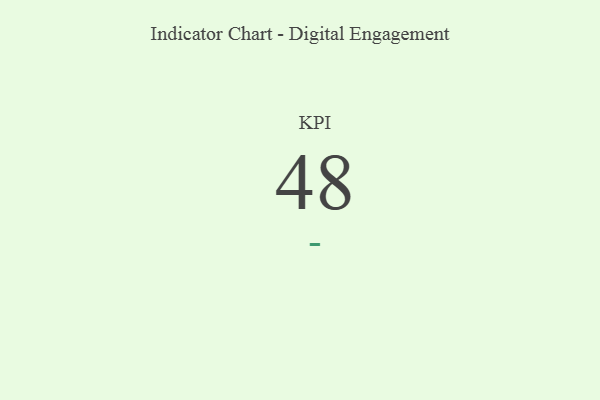
{"axis": {"x": "KPI", "y": "Value"}, "legend": [""], "data": [{"x": "KPI", "y": 48, "type": ""}]}